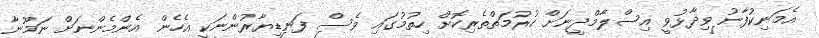
އެމަނިކުފާނު ވިދާޅުވީ އިސްލާމްދީނަށް ހުރުމަތްތެރިކޮށް ހިތުމުގައި ވެސް ފަނޑިޔާރުންނަކީ އެހެން އެންމެންނަށް ނަމޫނާ